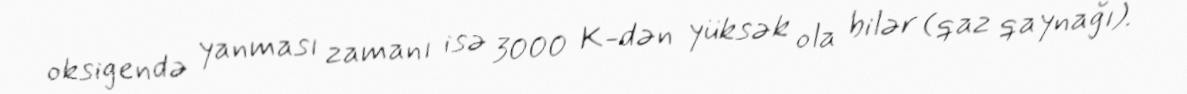
oksigendə yanması zamanı isə 3000 K-dən yüksək ola bilər (qaz qaynağı).